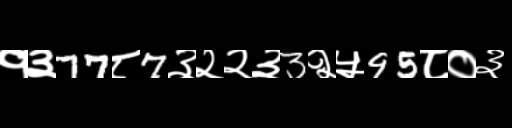
Text: १३77८7३२२३3२५95८०३